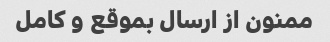
ممنون از ارسال بموقع و کامل